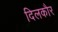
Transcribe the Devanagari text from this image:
दिलकौर